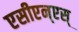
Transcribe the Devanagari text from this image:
एसीएन्एस्